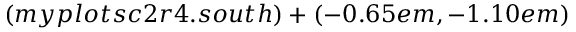
( m y p l o t s c 2 r 4 . s o u t h ) + ( - 0 . 6 5 e m , - 1 . 1 0 e m )